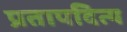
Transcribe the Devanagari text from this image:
प्रतापदित्य